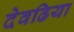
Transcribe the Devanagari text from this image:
देवढिया